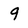
Character: 9